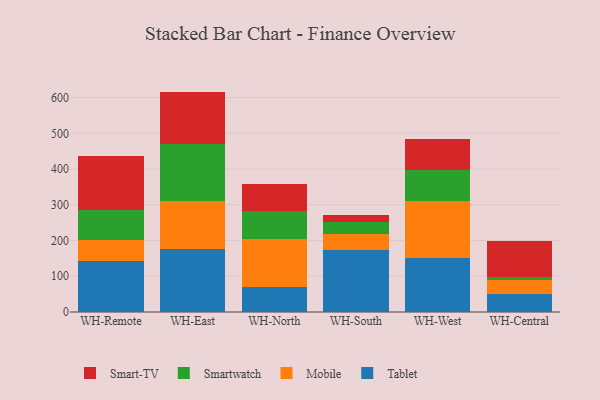
{"axis": {"x": "Warehouse", "y": "Shipments"}, "legend": ["Mobile", "Smart-TV", "Smartwatch", "Tablet"], "data": [{"x": "WH-Remote", "y": 142.2, "type": "Tablet"}, {"x": "WH-Remote", "y": 59.3, "type": "Mobile"}, {"x": "WH-Remote", "y": 84.5, "type": "Smartwatch"}, {"x": "WH-Remote", "y": 151.2, "type": "Smart-TV"}, {"x": "WH-East", "y": 177.5, "type": "Tablet"}, {"x": "WH-East", "y": 133.6, "type": "Mobile"}, {"x": "WH-East", "y": 157.9, "type": "Smartwatch"}, {"x": "WH-East", "y": 147.7, "type": "Smart-TV"}, {"x": "WH-North", "y": 70.5, "type": "Tablet"}, {"x": "WH-North", "y": 134.1, "type": "Mobile"}, {"x": "WH-North", "y": 77.5, "type": "Smartwatch"}, {"x": "WH-North", "y": 75.6, "type": "Smart-TV"}, {"x": "WH-South", "y": 173.2, "type": "Tablet"}, {"x": "WH-South", "y": 45.0, "type": "Mobile"}, {"x": "WH-South", "y": 33.4, "type": "Smartwatch"}, {"x": "WH-South", "y": 20.9, "type": "Smart-TV"}, {"x": "WH-West", "y": 150.5, "type": "Tablet"}, {"x": "WH-West", "y": 160.5, "type": "Mobile"}, {"x": "WH-West", "y": 87.6, "type": "Smartwatch"}, {"x": "WH-West", "y": 85.7, "type": "Smart-TV"}, {"x": "WH-Central", "y": 49.0, "type": "Tablet"}, {"x": "WH-Central", "y": 39.2, "type": "Mobile"}, {"x": "WH-Central", "y": 9.6, "type": "Smartwatch"}, {"x": "WH-Central", "y": 100.0, "type": "Smart-TV"}]}